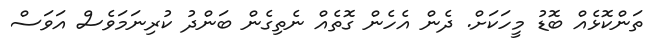
ތަންކޮޅެއް ބޮޑު މީހަކަށް. ދެން އެހެން ގޮތެއް ނެތިގެން ބަންދު ކުރިނަމަވެސް އަވަސް